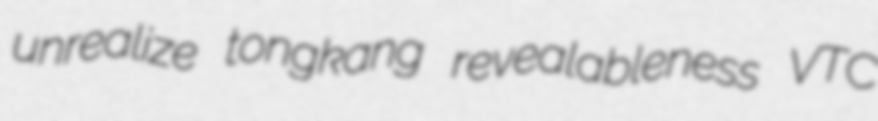
unrealize tongkang revealableness VTC